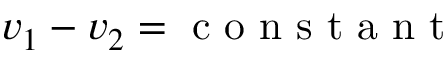
v _ { 1 } - v _ { 2 } = \mathrm { ~ c ~ o ~ n ~ s ~ t ~ a ~ n ~ t ~ }